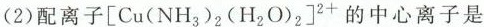
(2)配离子[Cu(NH_{3})_{2}(H_{2}O)_{2}]^{2+}的中心离子是